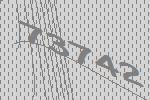
73742